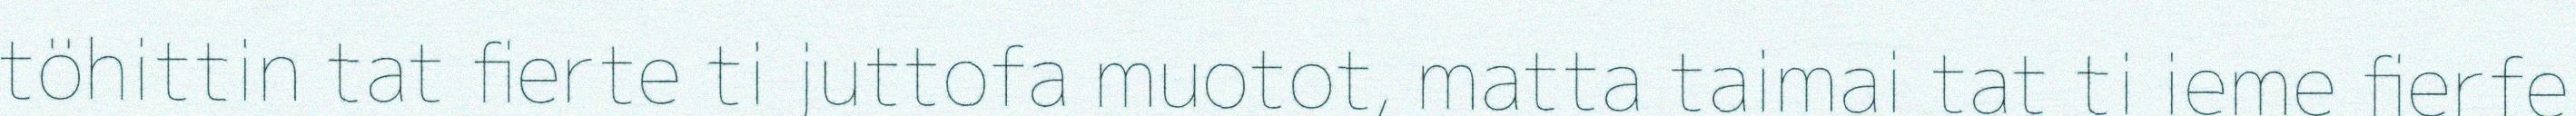
töhittin tat fierte ti juttofa muotot, matta taimai tat ti ieme fierfe